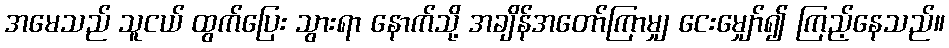
အမေသည် သူငယ် ထွက်ပြေး သွားရာ နောက်သို့ အချိန်အတော်ကြာမျှ ငေးမျှော်၍ ကြည့်နေသည်။